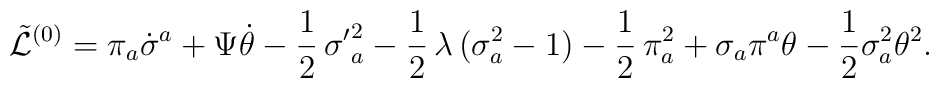
\tilde {\cal L}^{(0)} = \pi_a\dot{\sigma}^a + \Psi\dot{\theta} - \frac{1}{2}\,{\sigma^\prime} ^2_a -\frac{1}{2}\,\lambda\,\bigl(\sigma^2_a - 1\bigr)  - \frac{1}{2}\,\pi^2_a + \sigma_a\pi^a\theta - \frac {1}{2} \sigma_a^2 \theta^2.